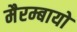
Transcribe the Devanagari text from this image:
मैरम्बायो